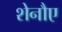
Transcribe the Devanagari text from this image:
शेनौए